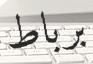
برباط